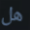
هل